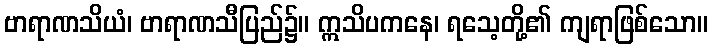
ဗာရာဏသိယံ၊ ဗာရာဏသီပြည်၌။ ဣသိပကနေ၊ ရသေ့တို့၏ ကျရာဖြစ်သော။